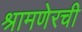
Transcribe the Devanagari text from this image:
श्रामणेरची